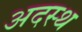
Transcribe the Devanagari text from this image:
अदस्थ